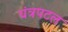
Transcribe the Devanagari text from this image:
यंत्रपटल